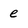
Character: e